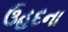
ઉહદના